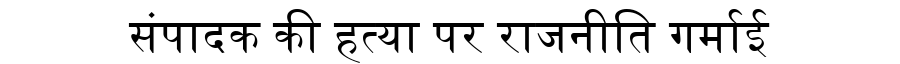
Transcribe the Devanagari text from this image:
संपादक की हत्या पर राजनीति गर्माई